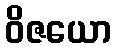
ဝိဇယော